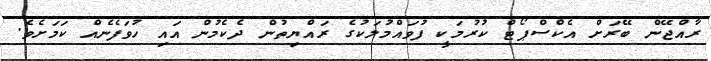
ރާއްޖޭން ބޭރަށް އެކްސްޕޯޓް ކުރުމަކީ ފުވައްމުލަކުގެ ރައްޔިތުން ދެކެމުން އައި ހުވަފެނެއް ކަމަށެވެ.